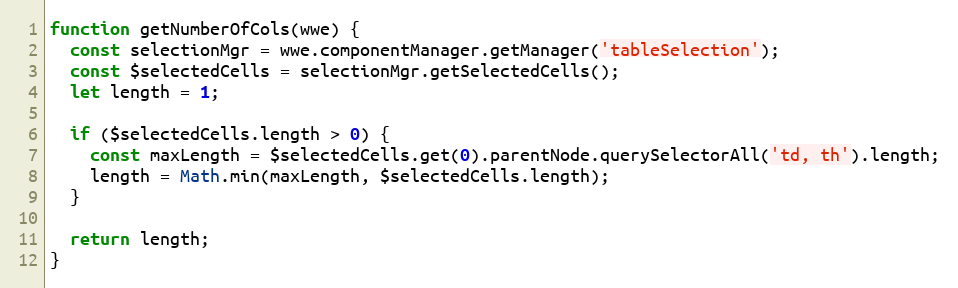
Language: JavaScript
function getNumberOfCols(wwe) {
  const selectionMgr = wwe.componentManager.getManager('tableSelection');
  const $selectedCells = selectionMgr.getSelectedCells();
  let length = 1;

  if ($selectedCells.length > 0) {
    const maxLength = $selectedCells.get(0).parentNode.querySelectorAll('td, th').length;
    length = Math.min(maxLength, $selectedCells.length);
  }

  return length;
}